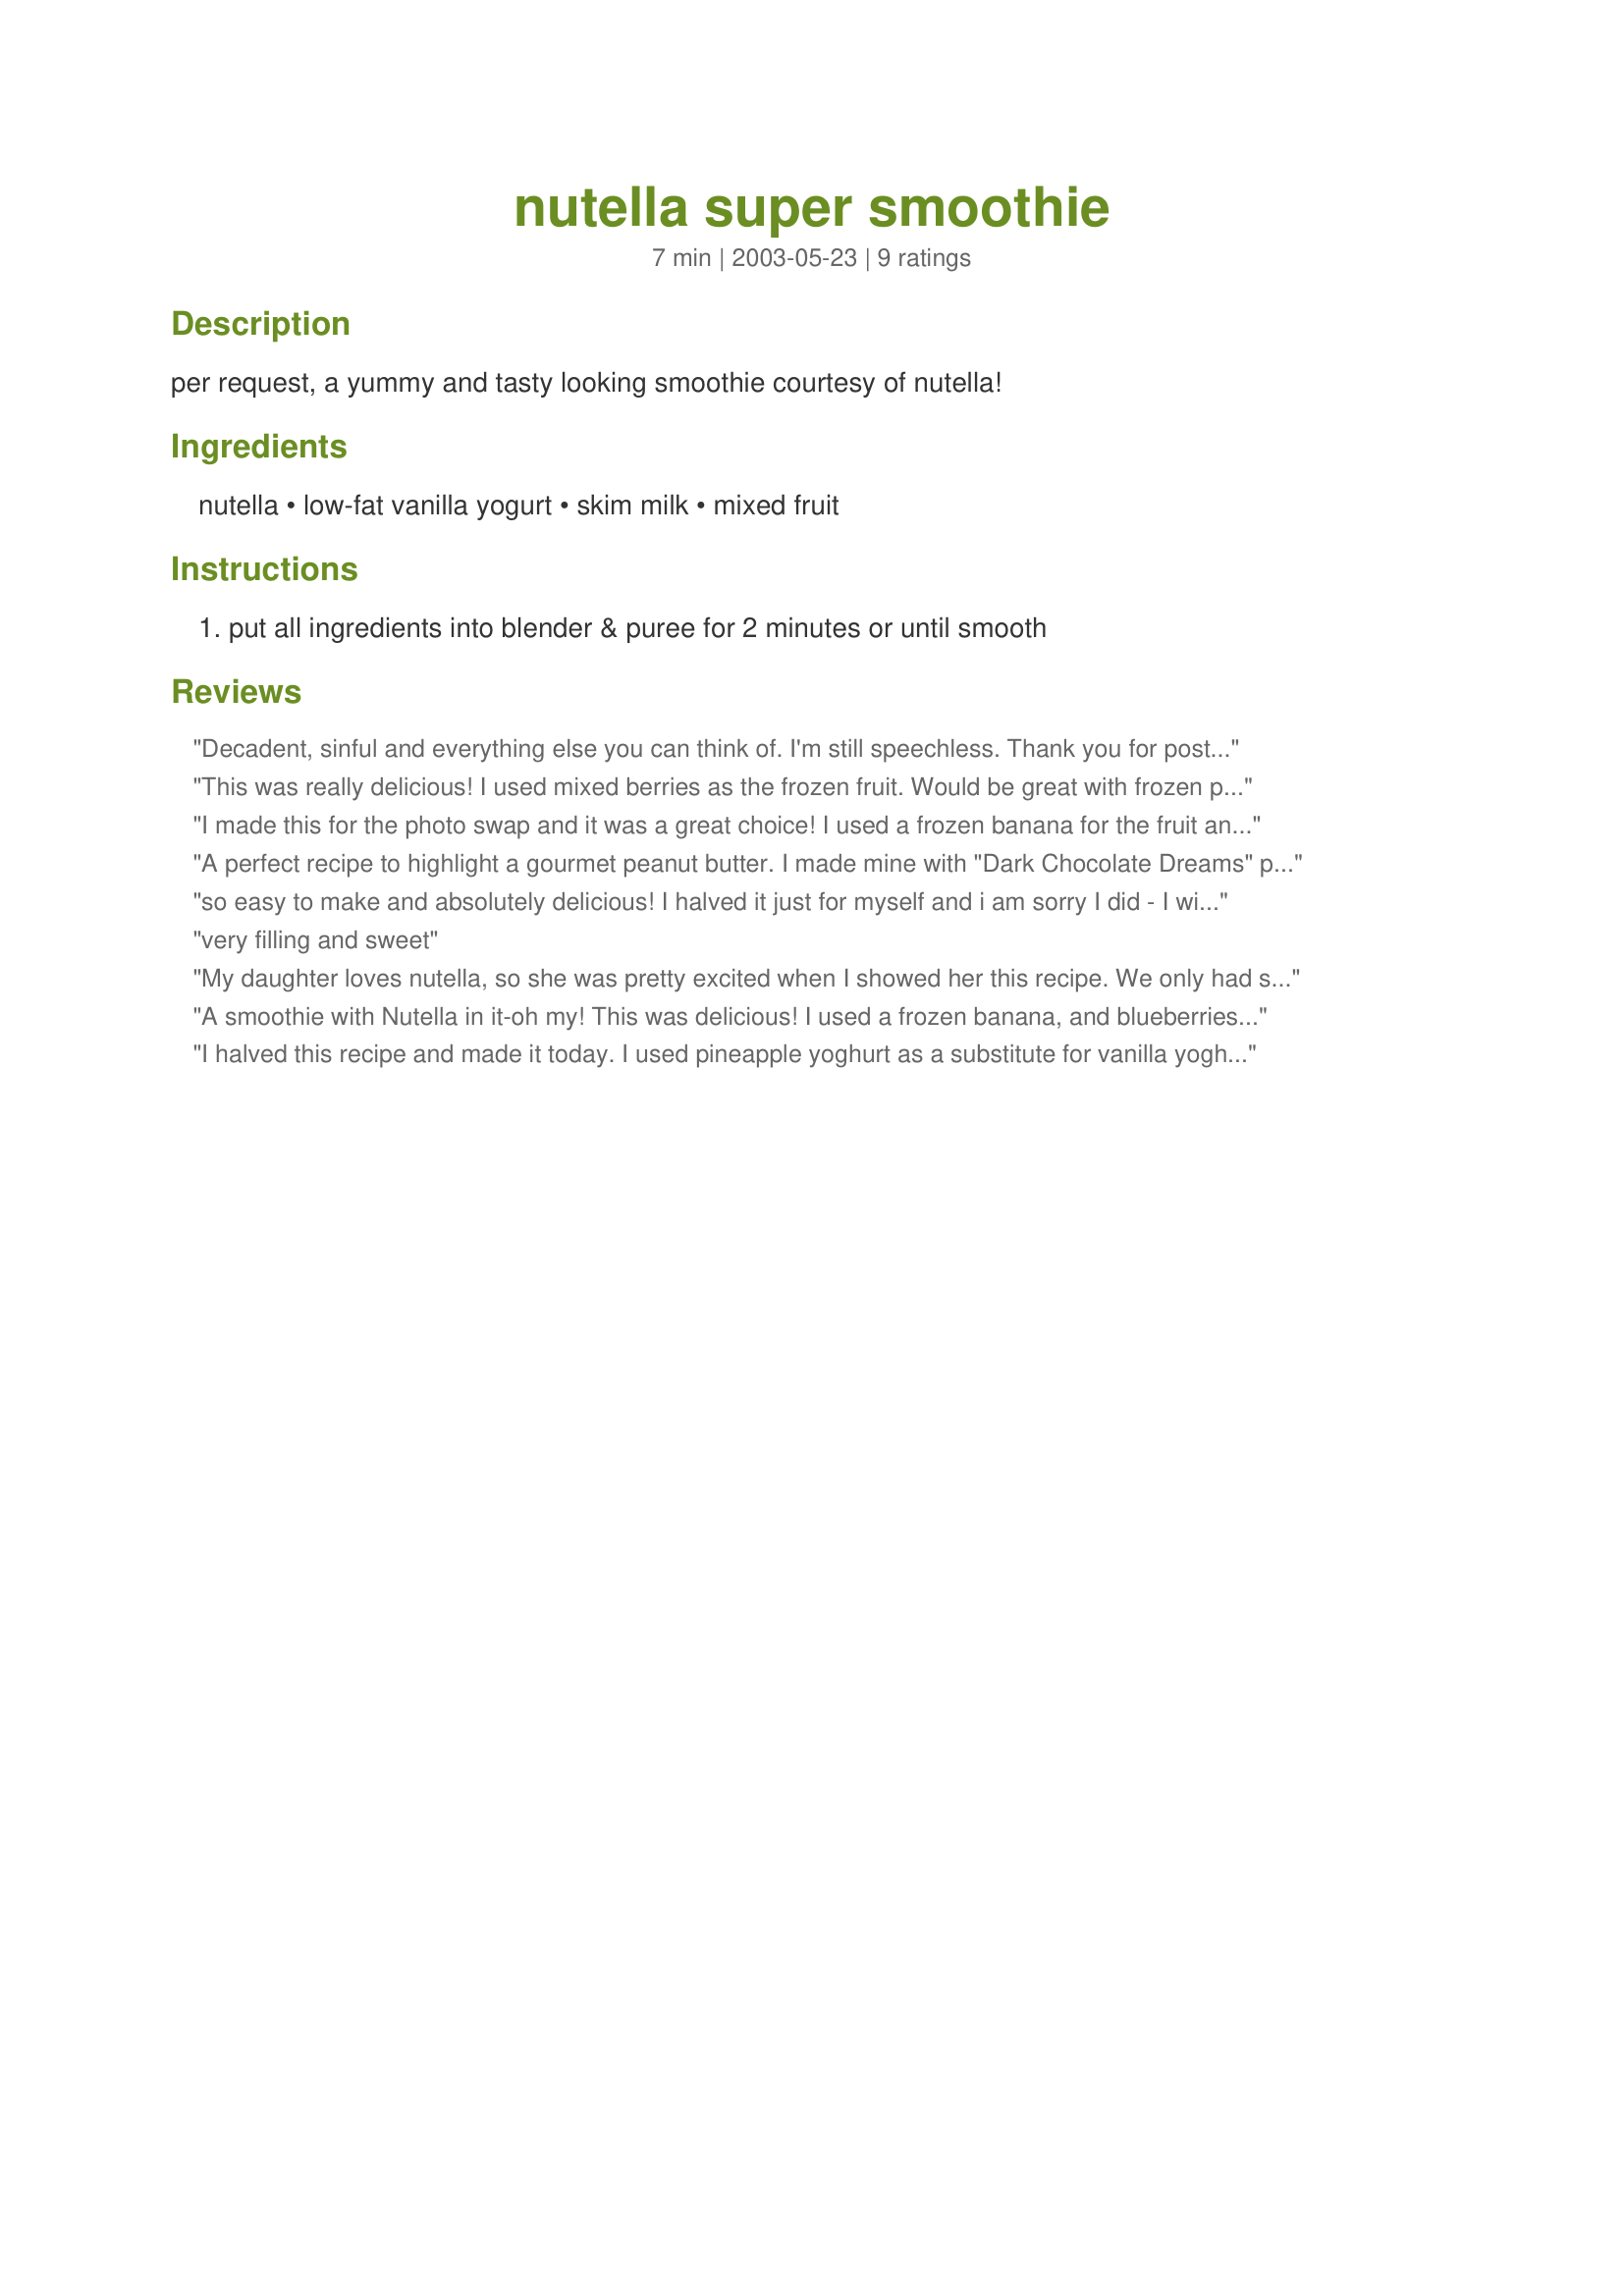
nutella super smoothie
Preparation time: 7 minutes

per request, a yummy and tasty looking smoothie courtesy of nutella!

Ingredients:
nutella, low-fat vanilla yogurt, skim milk, mixed fruit

Steps:
put all ingredients into blender & puree for 2 minutes or until smooth

Reviews:
Decadent, sinful and everything else you can think of. I'm still speechless. Thank you for posting.
This was really delicious! I used mixed berries as the frozen fruit. Would be great with frozen peaches or strawberries, too. Thanks so much for posting!
I made this for the photo swap and it was a great choice! I used a frozen banana for the fruit and strawberry/banana yogurt. I did half the recipe as I made for for a study break treat just for me ;) Thanks for sharing this recipe!
A perfect recipe to highlight a gourmet peanut butter. I made mine with "Dark Chocolate Dreams" peanut butter instead of the nutella and it worked out great! Next time I think I will add ice for a thicker consistency. Thanks for posting!
so easy to make and absolutely delicious! I halved it just for myself and i am sorry I did - I wish I had more!!!!!
very filling and sweet
My daughter loves nutella, so she was pretty excited when I showed her this recipe. We only had strawberry yogurt on hand so we used that. As fruit we used a mix of banana and strawberries. This was delicious and I do not like nutella. Very easy to make too. Thanks for the recipe.

A smoothie with Nutella in it-oh my! This was delicious! I used a frozen banana, and blueberries and raspberries as my mixed fruit in this. This made a lot-I was able to fill 6 small glasses with one batch. This is rich and thick and satisfying.
I halved this recipe and made it today. I used pineapple yoghurt as a substitute for vanilla yoghurt. Next time, I will try vanilla custard as a substitute if I can't find vanilla yoghurt. I omitted the mixed fruit. This smoothie was really heavy. 1 tall glass was good enough to be shared between 2 people. Real comfort food you can treat yourself to once you knock off excess fat on your waistline:)
